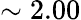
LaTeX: \sim 2.00